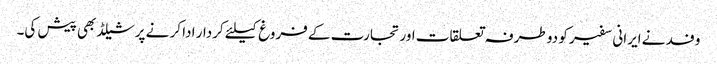
وفد نے ایرانی سفیر کو دو طرفہ تعلقات اور تجارت کے فروغ کیلئے کردار ادا کر نے پر شیلڈ بھی پیش کی۔